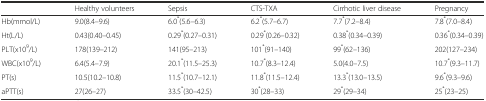
<table><thead><tr><td></td><td><b>Healthy volunteers</b></td><td><b>Sepsis</b></td><td><b>CTS-TXA</b></td><td><b>Cirrhotic liver disease</b></td><td><b>Pregnancy</b></td></tr></thead><tbody><tr><td>Hb(mmol/L)</td><td>9.0(8.4–9.6)</td><td>6.0<sup>*</sup>(5.6–6.3)</td><td>6.2<sup>*</sup>(5.7–6.7)</td><td>7.7<sup>*</sup>(7.2–8.4)</td><td>7.8<sup>*</sup>(7.0–8.4)</td></tr><tr><td>Ht(L/L)</td><td>0.43(0.40–0.45)</td><td>0.29<sup>*</sup>(0.27–0.31)</td><td>0.29<sup>*</sup>(0.26–0.32)</td><td>0.38<sup>*</sup>(0.34–0.39)</td><td>0.36<sup>*</sup>(0.34–0.39)</td></tr><tr><td>PLT(x10<sup>9</sup>/L)</td><td>178(139–212)</td><td>141(95–213)</td><td>101<sup>*</sup>(91–140)</td><td>99<sup>*</sup>(62–136)</td><td>202(127–234)</td></tr><tr><td>WBC(x10<sup>9</sup>/L)</td><td>6.4(5.4–7.9)</td><td>20.1<sup>*</sup>(11.5–25.3)</td><td>10.7<sup>*</sup>(8.3–12.4)</td><td>5.0(4.0–7.5)</td><td>10.7<sup>*</sup>(9.3–11.7)</td></tr><tr><td>PT(s)</td><td>10.5(10.2–10.8)</td><td>11.5<sup>*</sup>(10.7–12.1)</td><td>11.8<sup>*</sup>(11.5–12.4)</td><td>13.3<sup>*</sup>(13.0–13.5)</td><td>9.6<sup>*</sup>(9.3–9.6)</td></tr><tr><td>aPTT(s)</td><td>27(26–27)</td><td>33.5<sup>*</sup>(30–42.5)</td><td>30<sup>*</sup>(28–33)</td><td>29<sup>*</sup>(29–34)</td><td>25<sup>*</sup>(23–25)</td></tr></tbody></table>